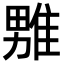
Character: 𪟦